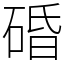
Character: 碈